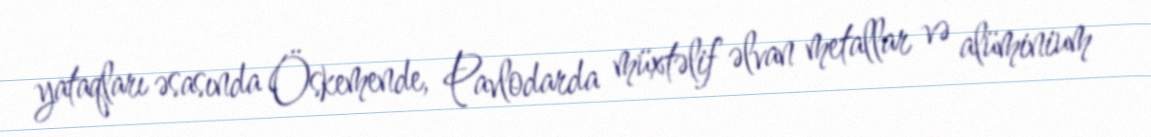
yataqları əsasında Öskemende, Pavlodarda müxtəlif əlvan metallar və alüminium